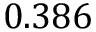
0 . 3 8 6